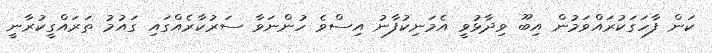
ކަން ފާހަގަކުރައްވަމުން އިބޫ ވިދާޅުވީ އެމަނިކުފާނު އިސްވެ ހުންނަވާ ސަރުކާރެއްގައި ގައުމު ތަރައްގީކުރާނީ